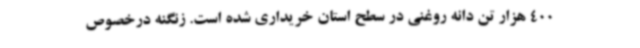
400 هزار تن دانه روغنی در سطح استان خریداری شده است. زنگنه درخصوص